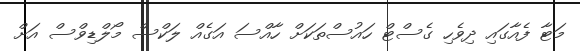
މަޓާ ފެއާގައި ދިވެހި ގެސްޓް ހައުސްތަކަށް ހާއްސަ އަގެއް ލަކްސް މޯލްޑިވްސް އަށް